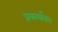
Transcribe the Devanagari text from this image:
प्रकार्यता।